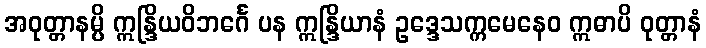
အဝုတ္တာနမ္ပိ ဣန္ဒြိယဝိဘင်္ဂေ ပန ဣန္ဒြိယာနံ ဥဒ္ဒေသက္ကမေနေဝ ဣဓာပိ ဝုတ္တာနံ